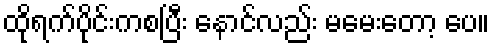
ထိုရက်ပိုင်းကစပြီး နောင်လည်း မမေးတော့ ပေ။